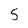
Character: 5